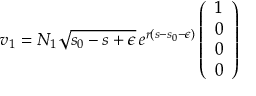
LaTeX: v _ { 1 } = N _ { 1 } \sqrt { s _ { 0 } - s + \epsilon } \, e ^ { r ( s - s _ { 0 } - \epsilon ) } \left( \begin{array} { c } { { 1 } } \\ { { 0 } } \\ { { 0 } } \\ { { 0 } } \end{array} \right)